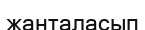
жанталасып